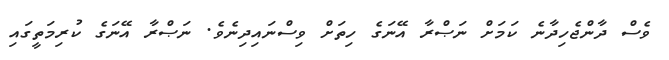
ވެސް ދާންޖެހިދާނެ ކަމަށް ނަޞްރާ އޭނަގެ ހިތަށް ވިސްނައިދިނެވެ. ނަޞްރާ އޭނަގެ ކުރިމަތީގައި